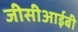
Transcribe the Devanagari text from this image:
जीसीआईबी